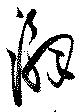
澥